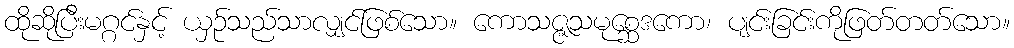
ထိုဆိုပြီးမဂ္ဂင်နှင့် ယှဉ်သည်သာလျှင်ဖြစ်သော။ ကောသဇ္ဇသမုစ္ဆေဒကော၊ ပျင်းခြင်းကိုဖြတ်တတ်သော။